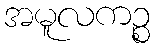
အမူလကဉ္စ